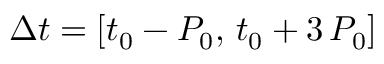
\Delta t = \left[ t _ { 0 } - P _ { 0 } , \, t _ { 0 } + 3 \, P _ { 0 } \right]